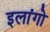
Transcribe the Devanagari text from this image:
इलांगो